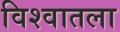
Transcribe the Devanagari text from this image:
विश्वातला